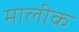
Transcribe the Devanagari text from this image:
मालीक